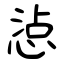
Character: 惉